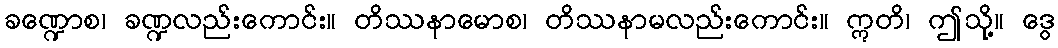
ခဏ္ဍောစ၊ ခဏ္ဍလည်းကောင်း။ တိဿနာမောစ၊ တိဿနာမလည်းကောင်း။ ဣတိ၊ ဤသို့။ ဒွေ